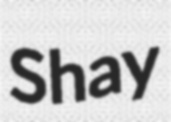
Shay